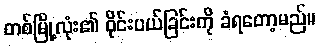
တစ်မြို့လုံး၏ ဝိုင်းပယ်ခြင်းကို ခံရတော့မည်။